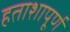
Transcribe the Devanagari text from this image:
हताशापूर्ण